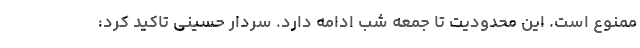
ممنوع است. این محدودیت تا جمعه شب ادامه دارد. سردار حسینی تاکید کرد: